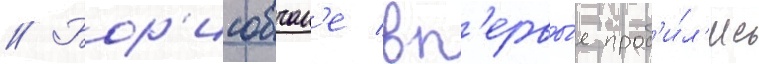
// Бор'исовчан'е вп'ервы́е проб'и́л'ись